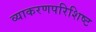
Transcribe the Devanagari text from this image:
व्याकरणपरिशिष्ट